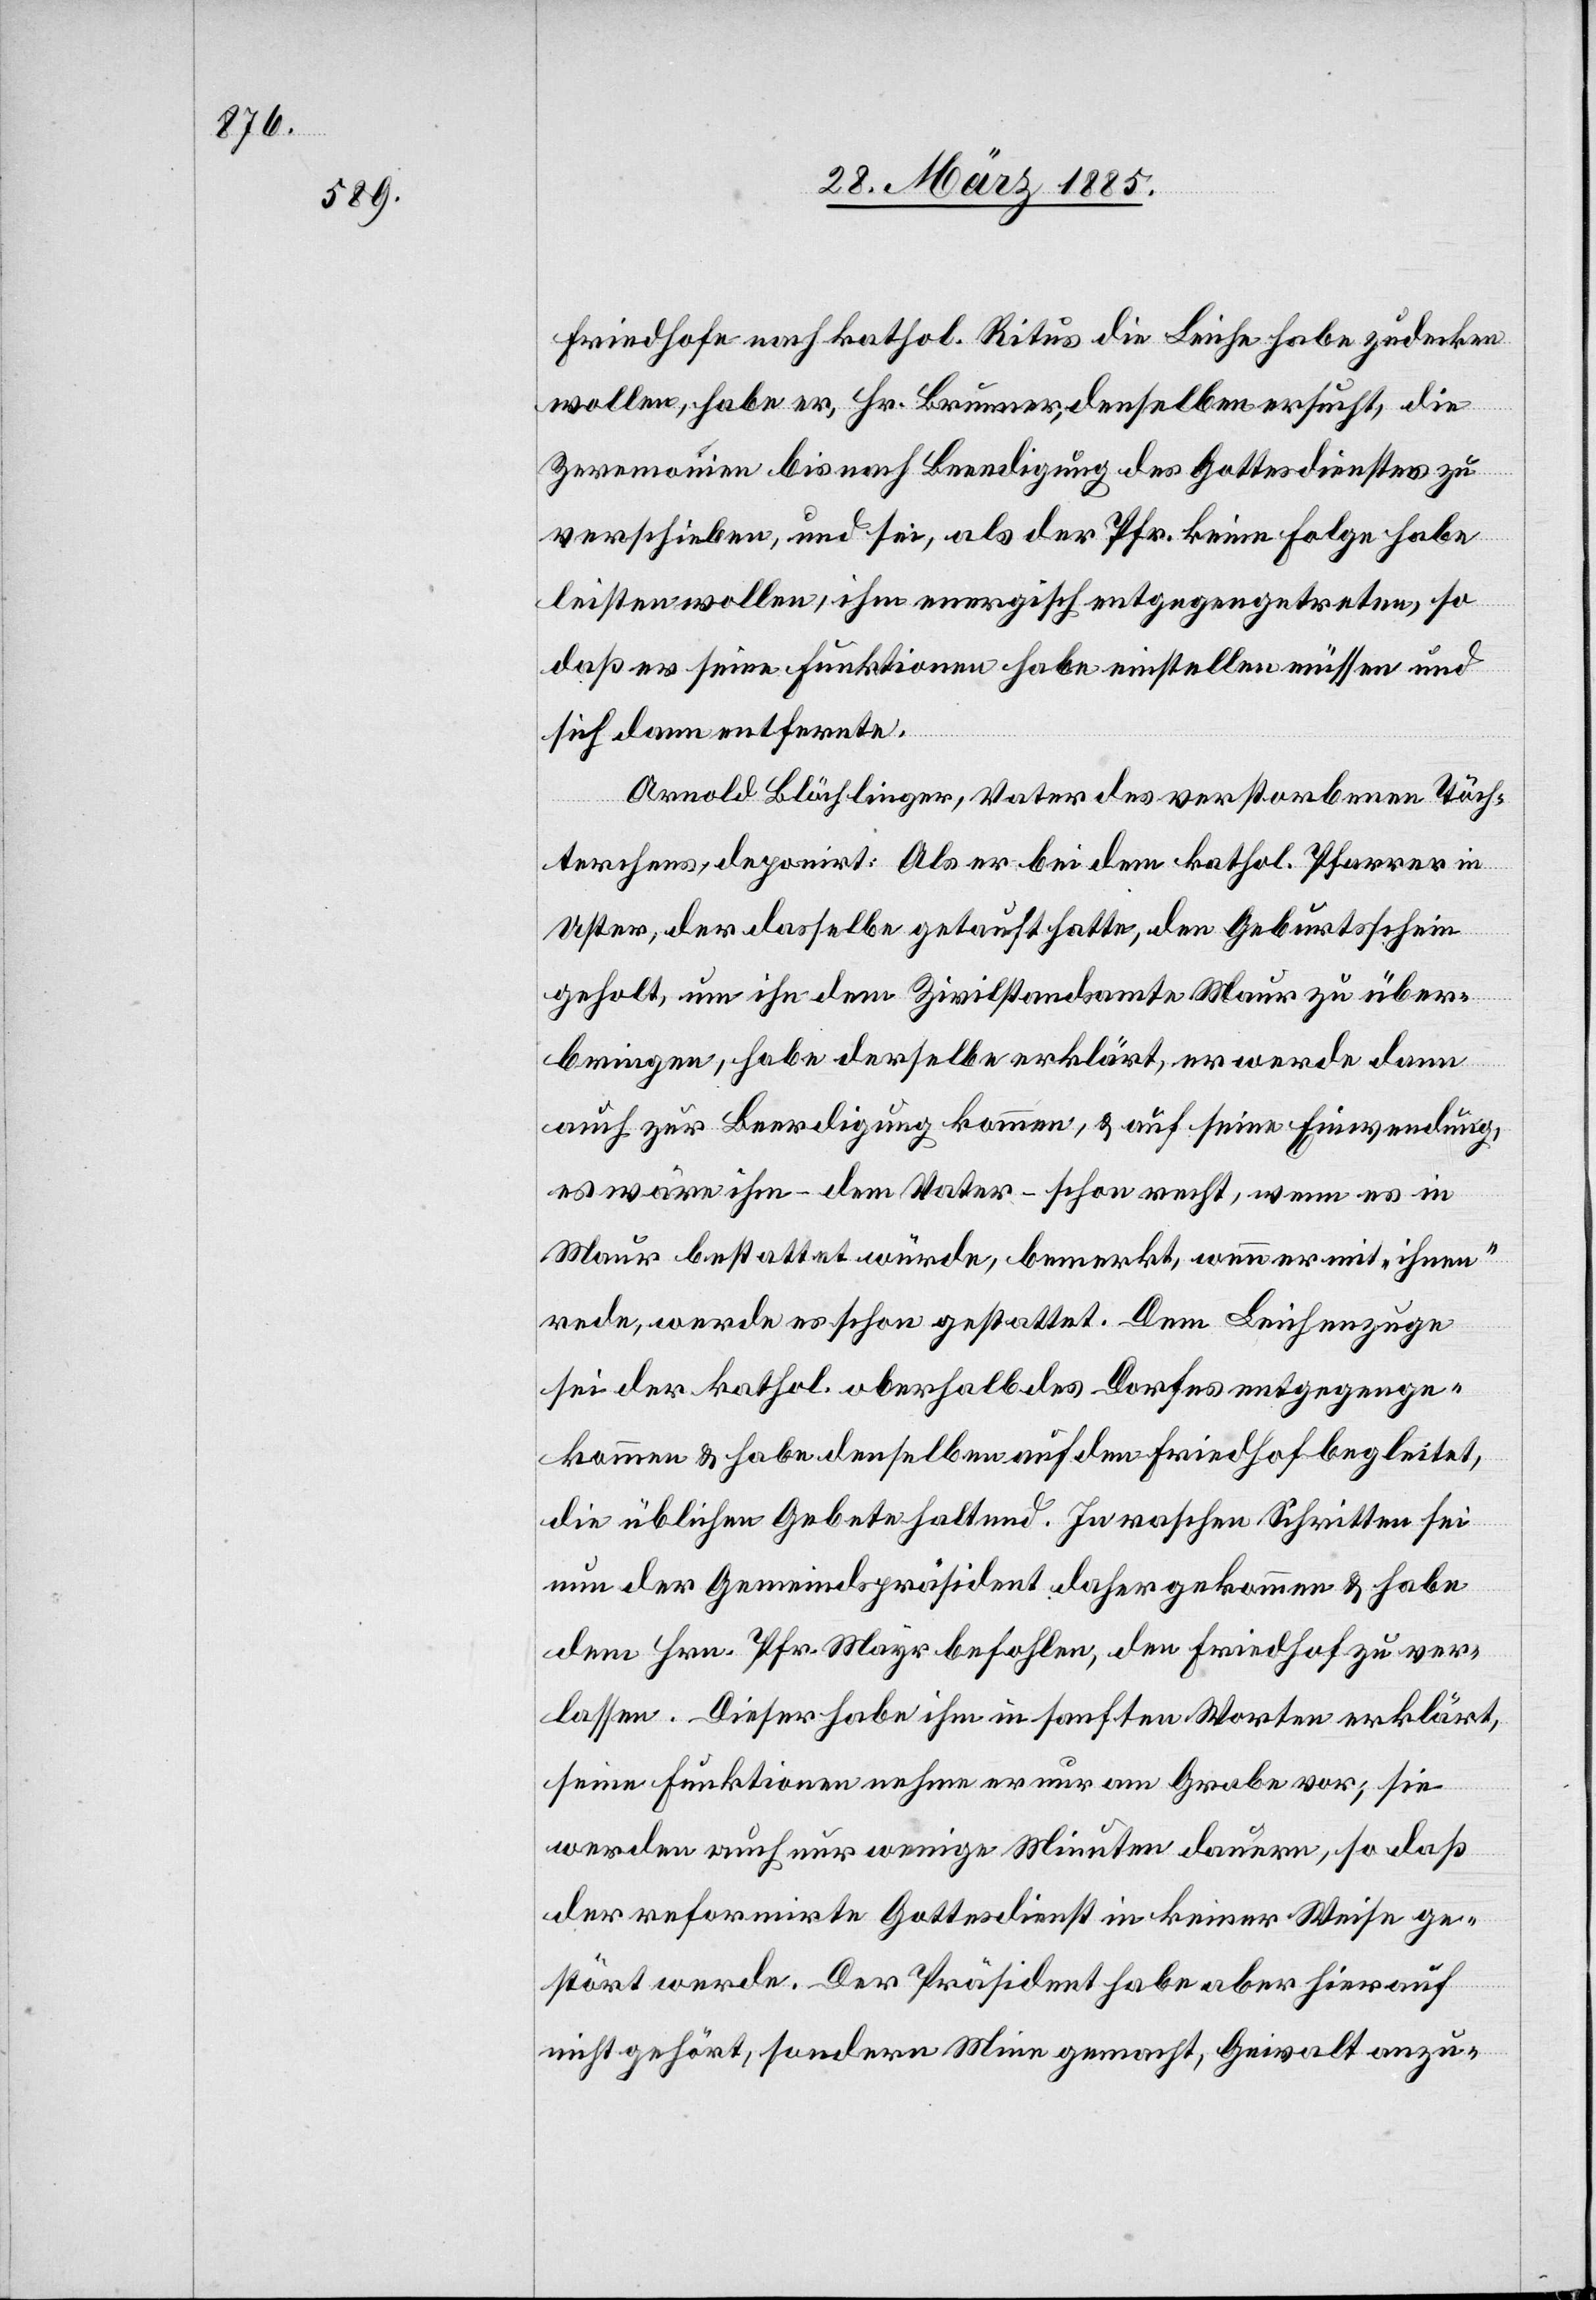
Friedhofe nach kathol. Ritus die Leiche habe zudecken
wollen, habe er, Hr. Brunner, denselben ersucht, die
Zeremonien bis nach Beendigung des Gottesdienstes zu
verschieben, und sei, als der Pfr. keine Folge habe
leisten wollen, ihm energisch entgegengetreten, so
daß er seine Funktionen habe einstellen müssen und
sich dann entfernte.
Arnold Blöchlinger, Vater des verstorbenen Töch¬
Uster, der dasselbe getauft hatte, den Geburtsschein
geholt, um ihn dem Zivilstandsamte Maur zu über¬
bringen, habe derselbe erklärt, er werde dann
auch zur Beerdigung kommen, & auf seine Einwendung,
es wäre ihm – dem Vater – schon recht, wenn es in
Maur bestattet würde, bemerkt, wenn er mit „ihnen“
rede, werde es schon gestattet. Dem Leichenzuge
kommen & habe denselben auf den Friedhof begleitet,
die üblichen Gebete haltend. In raschen Schritten sei
nun der Gemeindspräsident daher gekommen & habe
dem Hrn. Pfr. Mayr befohlen, den Friedhof zu ver¬
lassen. Dieser habe ihm in sanften Worten erklärt,
seine Funktionen nehme er nur am Grabe vor; sie
werden auch nur wenige Minuten dauern, so daß
der reformirte Gottesdienst in keiner Weise ge¬
ge¬
stört werde. Der Präsident habe aber hierauf
nicht gehört, sondern Mine gemacht, Gewalt anzu-